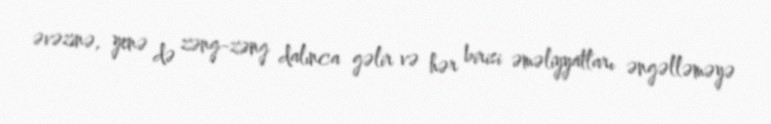
əvəzinə, yenə də zəng-zəng dalınca gəlir və hər birisi əməliyyatları əngəlləməyə